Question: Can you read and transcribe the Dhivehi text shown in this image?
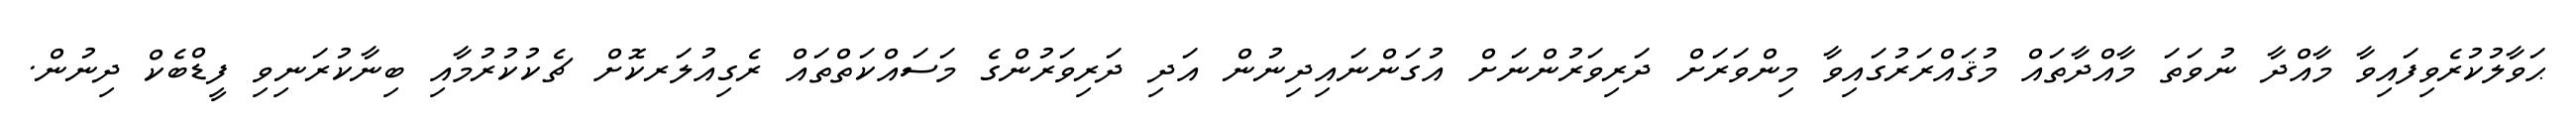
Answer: ޙަވާލުކުރެވިފައިވާ މާއްދާ ނުވަތަ މާއްދާތައް މުޤައްރަރުގައިވާ މިންވަރަށް ދަރިވަރުންނަށް އުގަންނައިދިނުން އަދި ދަރިވަރުންގެ މަސައްކަތްތައް ރެގިއުލަރކޮށް ޗެކުކުރުމާއި ބިނާކުރަނިވި ފީޑްބެކް ދިނުން.